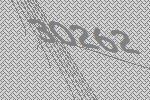
30262